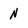
Character: N